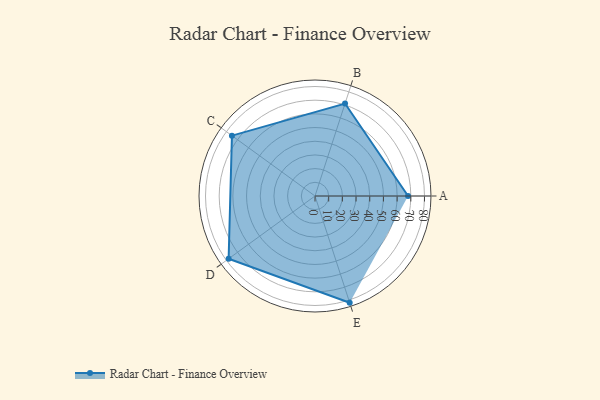
{"axis": {"x": "Skill", "y": "Score"}, "legend": ["Profile"], "data": [{"x": "A", "y": 68.0, "type": "Profile"}, {"x": "B", "y": 71.0, "type": "Profile"}, {"x": "C", "y": 75.0, "type": "Profile"}, {"x": "D", "y": 78.0, "type": "Profile"}, {"x": "E", "y": 82.0, "type": "Profile"}]}